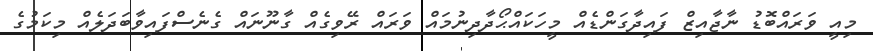
މިއީ ވަރައްބޮޑު ނާޖާއިޒް ފައިދާގަންޑެއް މީހަކައްޙޯދާދިނުމައް ވަރައް ރޭވިގެއް ގާނޫނައް ގެނެސްފައިވާބަދަލެއް މިކަމުގެ